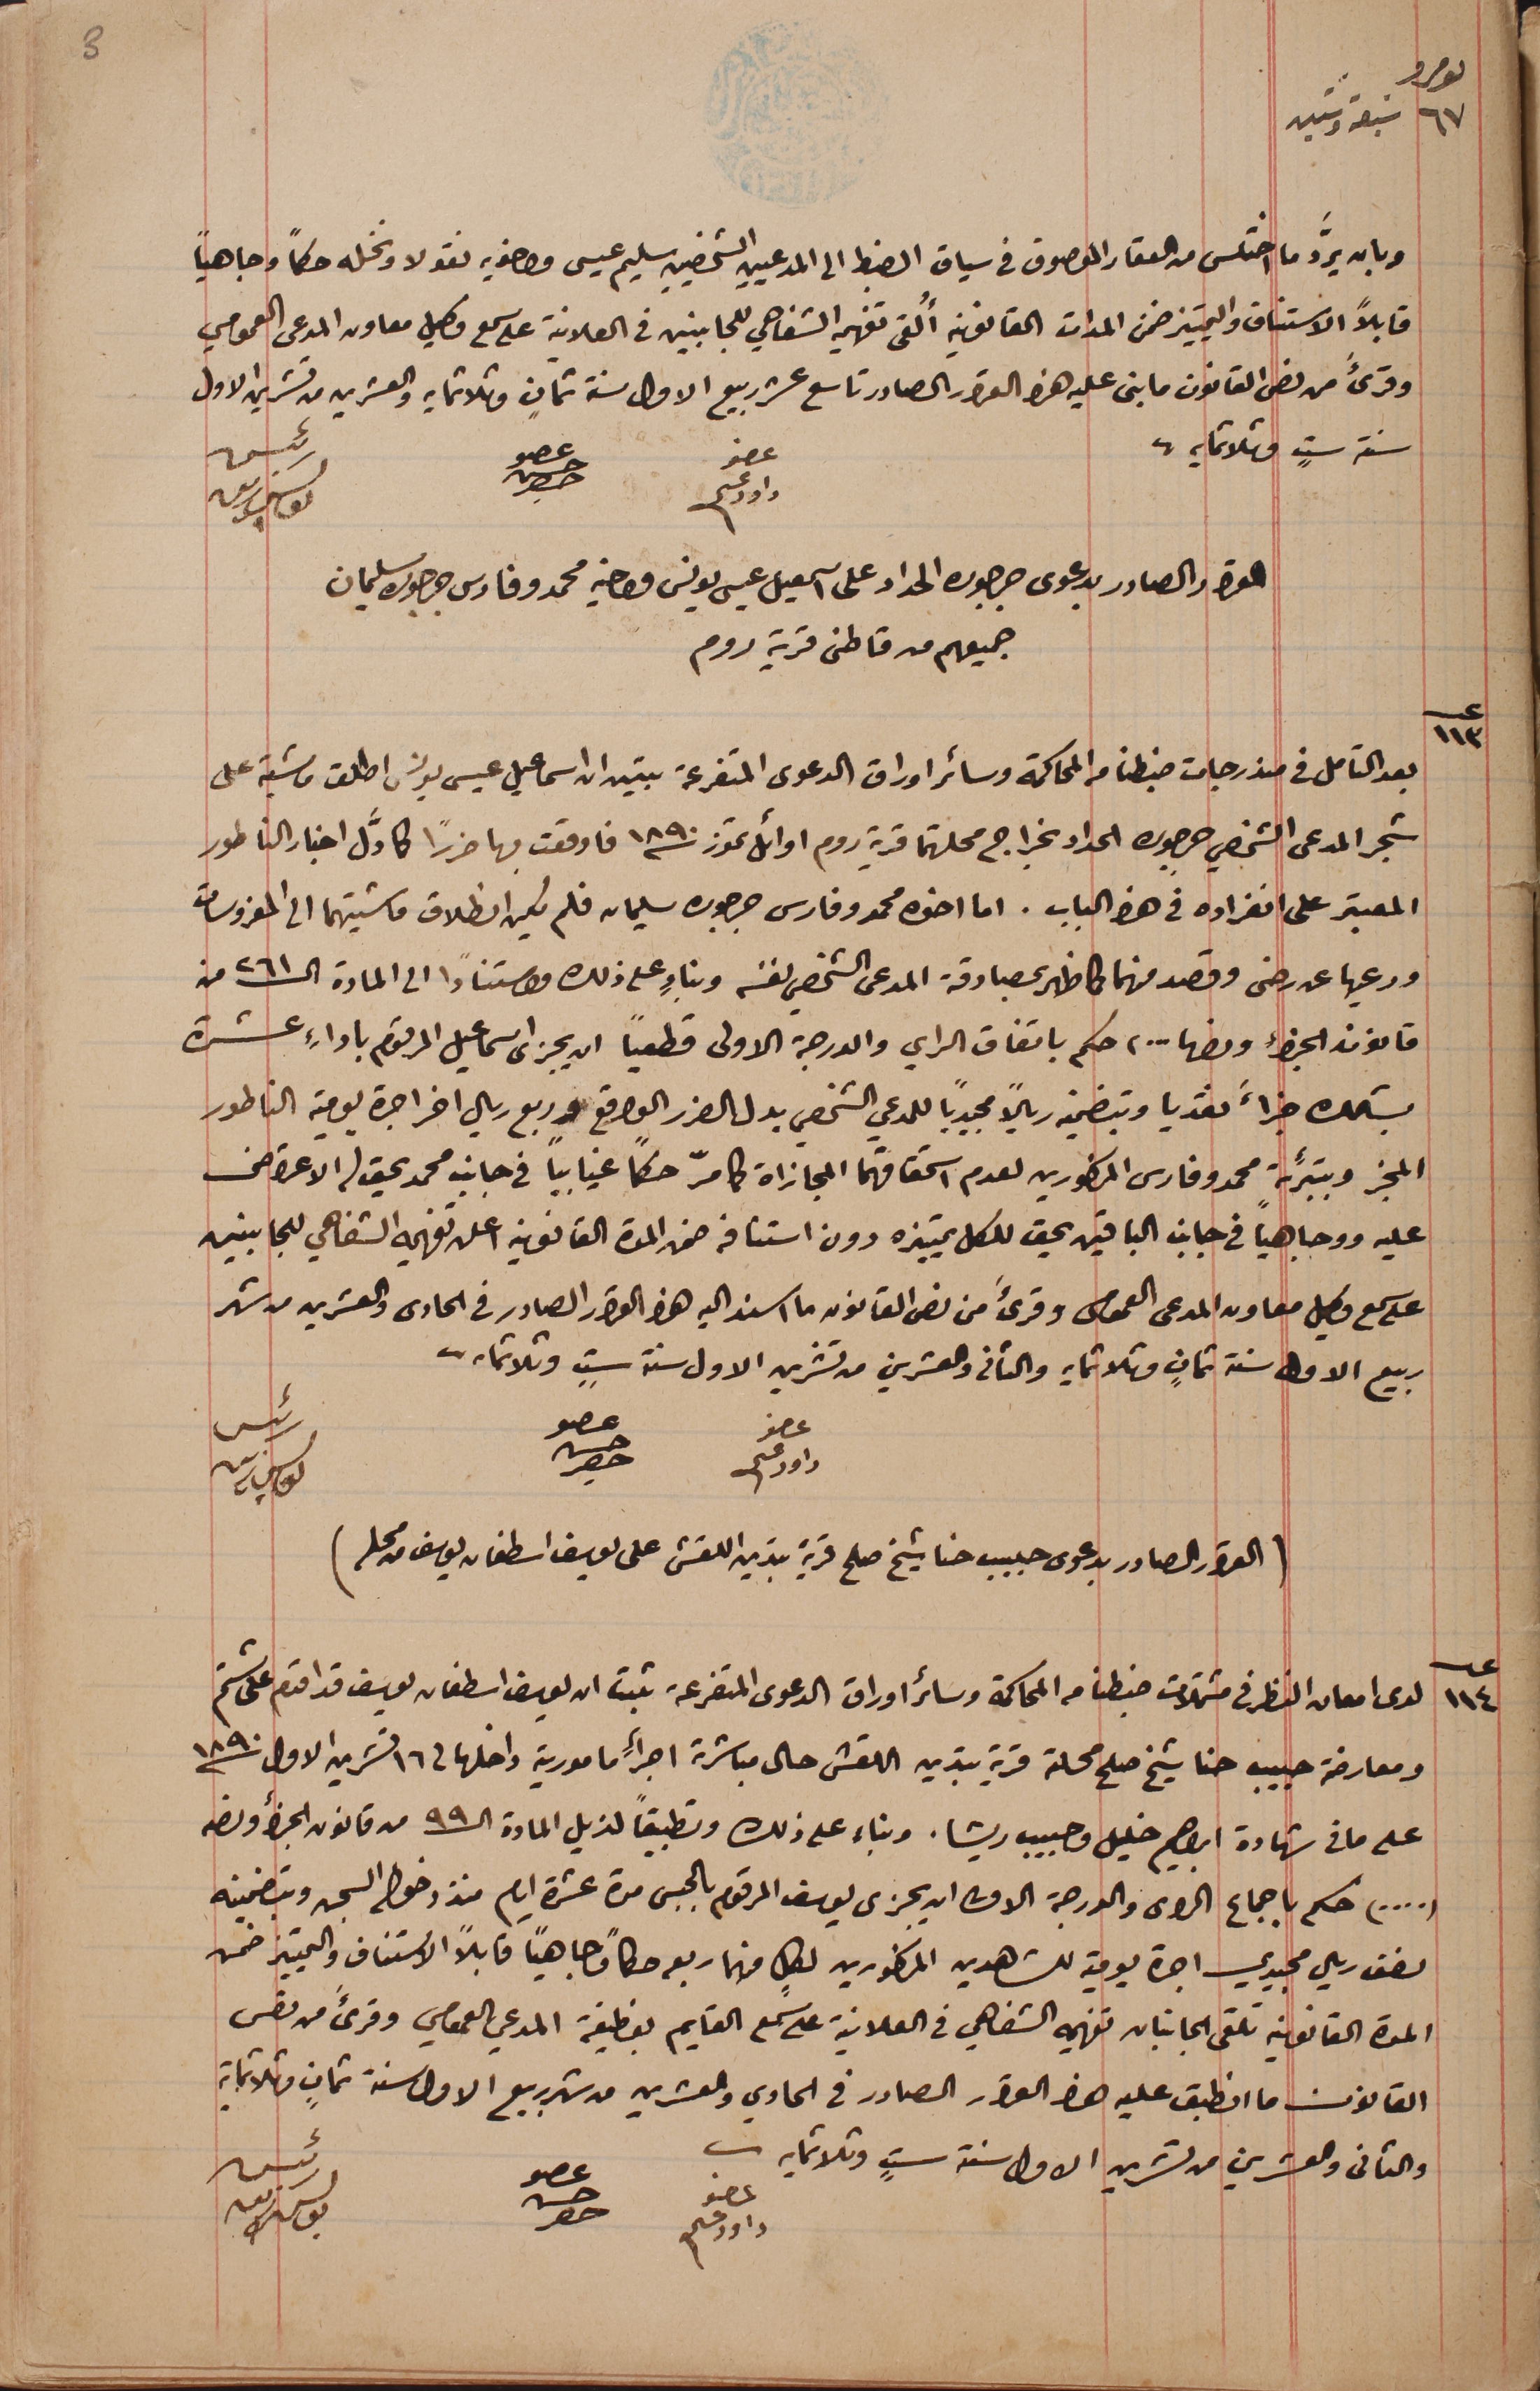
نمرو ٦٧ سبعة وستين
وبان يردَّ ما اختلس من العقار الموصوف فى سياق الضبط الى المدعيين الشخصيين سليم عيسى واخويه نقولا ونخله حكماً وجاهياً
قابلاً الاستناف والتمييز ضمن المدات القانونيه أُلقى تفهيمه الشفاهي للجانبين في العلانية على سمع وكيل معاون المدعى العمومي
وقرىءً من نص القانون ما بنى عليه هذا القرار الصادر تاسع عشر ربيع الاول سنة ثمانِ وثلاثمايه والعشرين من تشرين الاول
سنةستٍ وثلاثمايه.
عضو داود عسى
القرار الصادر بدعوى جرجوره الحداد على اسمعيل عيسى يونس واخيه محمد وفارس جرجوره سليمان
جميعهم من قاطنى قرية روم
عدد ١١٣ بعد التامل فى مندرجات ضبطنا من المحاكمة وسائر اوراق الدعوى المتفرعة تبين ان اسماعيل عيسى يونس اطلق ماشية على
شجر المدعى الشخصي جرجوره الحداد بخراج محلتهما قرية روم اوائل تموز سنة ١٨٩٠ فاوقعت بها ضرراً كاوَّل اخبار الناطور
المعتبر على انفراده في هذ الباب. اما اخوه محمد وفارس جرجوره سليمان فلم يكن انطلاق ماشيتهما الى المغروسات
ودعيها عن رضى وقصد منهما كما ظهر بمصادقة المدعى الشخصي لنفسه وبناءٍ على ذلك واستناداً الى المادة الـ٢٦١ من
قانون الجزاء ونصها ... ، حكم باتفاق الراي والدرجة الاولى قطعياً ان يجزى اسماعيل المرقوم باداءِ عشرة
بشلك جزاءً نقديا وبتضمين ريالاً مجيدياً للمدعي الشخصي بدل الضرر الواقع وربع ريال اخر اجرة يومية الناطور
المجز وبتبرئة محمد وفارس المذكورين لعدم استحقاقهما المجازاة كما مرّ حكماً غيايباً في جانب محمد يحق له الاعتراض
عليه ووجاهياً فى جانب الباقين يحق للكل تمييزه دون استنافه ضمن المدة القانونية اعلن تفهيمه الشفاهي للجانبين
على سمع وكيل معاون المدعى العمومى وقرىءَ من نص القانون ما اسند اليه هذا القرار الصادر في الحادى والعشرين من شهر
ربيع الاول سنة ثمانٍ وثلاثمايه والثانى والعشرين من تشرين الاول سنة ستٍ وثلاثمايه.
عضو داود عسى
 رئيس يوسف زينه
(القرار الصادر بدعوى حبيب حنا شيخ صلح قرية بتدين اللقش على يوسف اسطفان يوسف فى محله)
عدد ١١٤ لدى امعان النظر فى مشتملات ضبطنا من المحاكمة وسائر اوراق الدعوى المتفرعة ثبت ان يوسف اسطفان يوسف قد اقدم على شتم
ومعارضة حبيب حنا شيخ صلح محلة قرية بتدين اللقش حال مباشرة اجراءِ مامورية داخلها فى ١٦ تشرين الاول سنة ١٨٩٠
على ما فى شهادة ابراهيم خليل وحبيب ريشا، وبناء على ذلك وتطبيقاً لزيل المادة الـ٩٩ من قانون الجزاء ونصه
(....) حكم باجماع الراى والدرجة الاولى ان يجزى يوسف المرقوم بالحبس مدة عشرة ايام منذ دخول السجن وبتضمينه
نصف ريال مجيدي اجرة يومية للشاهدين المذكورين لكلٍ منهما ربعه حكماً وجاهيًا قابلاً الاستناف والتمييز ضمن
المدة القانونية تلقى الجانبان تفهيمه الشفاهي فى العلانية على سمع القايم بوظيفة المدعي العمومي وقرىءَ من نص
القانون ما انطبق عليه هذا القرار الصادر فى الحادي والعشرين من  شهر ربيع الاول سنة ثمانٍ وثلاثماية
والثاني والعشرين من تشرين الاول سنة ستٍ وثلاثمايه.
عضو داود عسى
عضو حسن حصِر
رئيس يوسف زينه
عضو حسن حصِر
عضو حسن حصِر
رئيس يوسف زينه
3